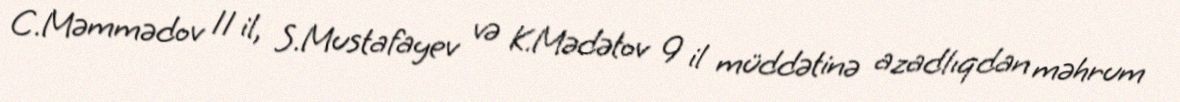
C.Məmmədov 11 il, S.Mustafayev və K.Mədətov 9 il müddətinə azadlıqdan məhrum